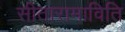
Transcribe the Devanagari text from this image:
सीतारामाविति